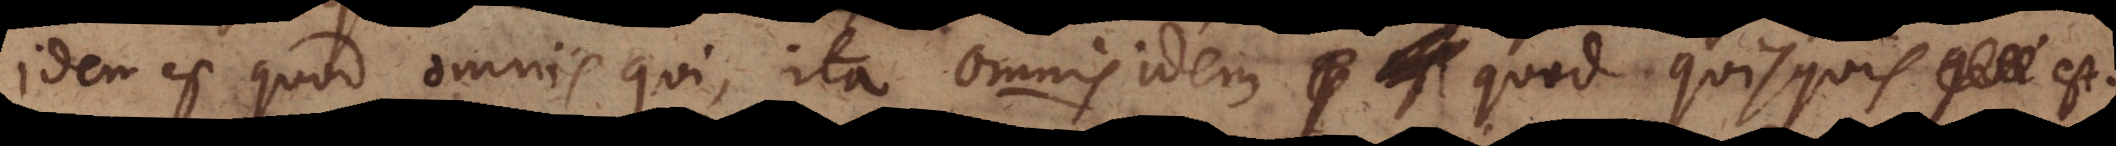
idem est quod omnis qui, ita omnis idem quod quisquis